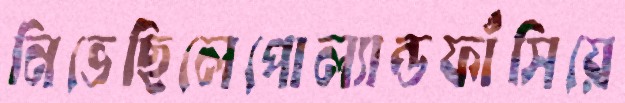
নিভেছিলেপোল্যান্ডফাঁসিয়ে